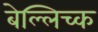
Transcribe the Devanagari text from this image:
बेल्लिच्क